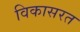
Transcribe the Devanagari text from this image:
विकासरत